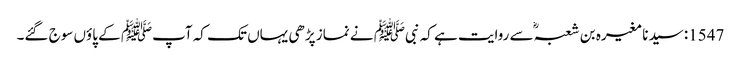
1547: سیدنا مغیرہ بن شعبہؓ سے روایت ہے کہ نبیﷺ نے نماز پڑھی یہاں تک کہ آپﷺ کے پاؤں سوج گئے۔